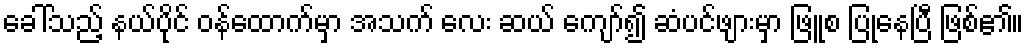
ခေါ်သည့် နယ်ပိုင် ဝန်ထောက်မှာ အသက် လေး ဆယ် ကျော်၍ ဆံပင်ဖျားမှာ ဖြူစ ပြုနေပြီ ဖြစ်၏။